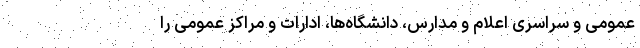
عمومی و سراسری اعلام و مدارس، دانشگاه‌ها، ادارات و مراکز عمومی را